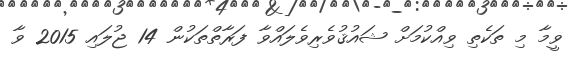
ވީމާ މި ތަކެތި ވިއްކުމަށް ޝައުޤުވެރިވެލައްވާ ފަރާތްތަކުން 14 ޖުލައި 2015 ވާ